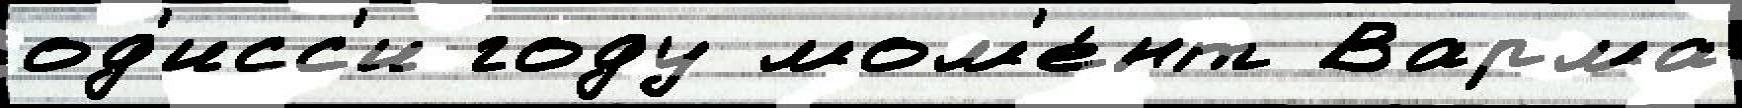
од'исс'и году мом'е́нт Варма